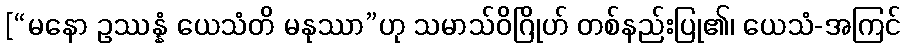
[“မနော ဥဿန္နံ ယေသံတိ မနုဿာ”ဟု သမာသ်ဝိဂြိုဟ် တစ်နည်းပြု၏၊ ယေသံ-အကြင်